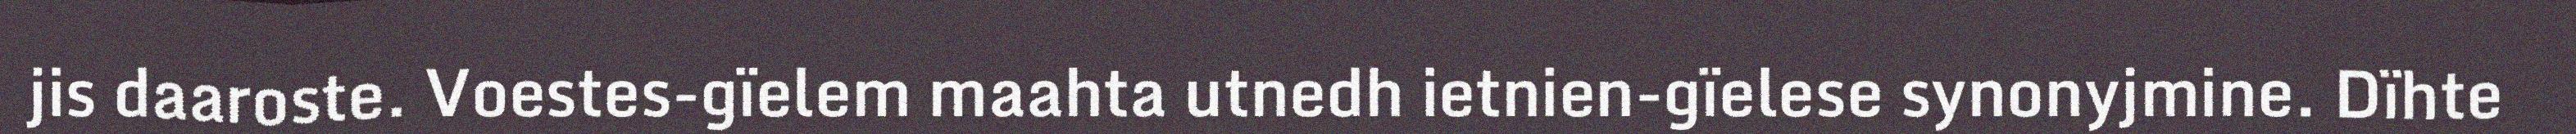
jis daaroste. Voestes-gïelem maahta utnedh ietnien-gïelese synonyjmine. Dïhte